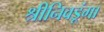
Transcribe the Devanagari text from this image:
श्रीनिवडूंगा